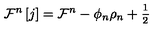
\mathcal { F } ^ { n } \left[ j \right] = \mathcal { F } ^ { n } - \phi _ { n } \rho _ { n } + \frac { { } _ { 1 } } { { } ^ { 2 } }